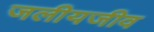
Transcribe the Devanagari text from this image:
जलीयजीव